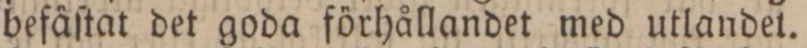
befäſtat det goda förhållandet med utlandet.